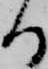
る